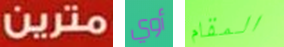
مترين أوي المقام